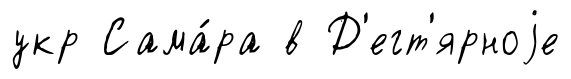
укр Сама́ра в Д'егт'ярноjе